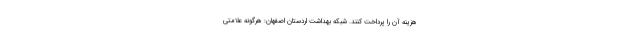
هزینه آن را پرداخت کنند. شبکه بهداشت اردستان اصفهان: هرگونه علامتی